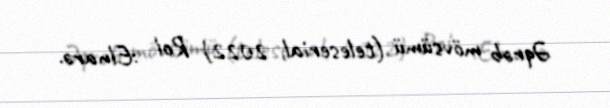
Əqrəb mövsümü (teleserial, 2022) Rol :Elnarə.